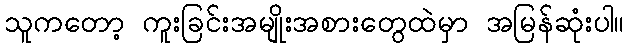
သူကတော့ ကူးခြင်းအမျိုးအစားတွေထဲမှာ အမြန်ဆုံးပါ။